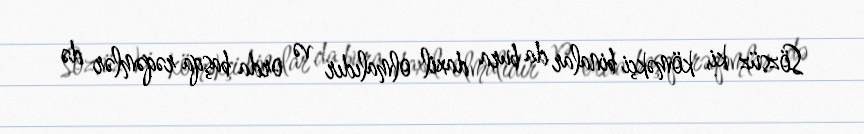
Sözsüz ki, köməkçi binalar da bura daxil olmalıdır və orda başqa rəqəmlər də